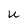
Character: U